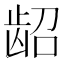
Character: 龆